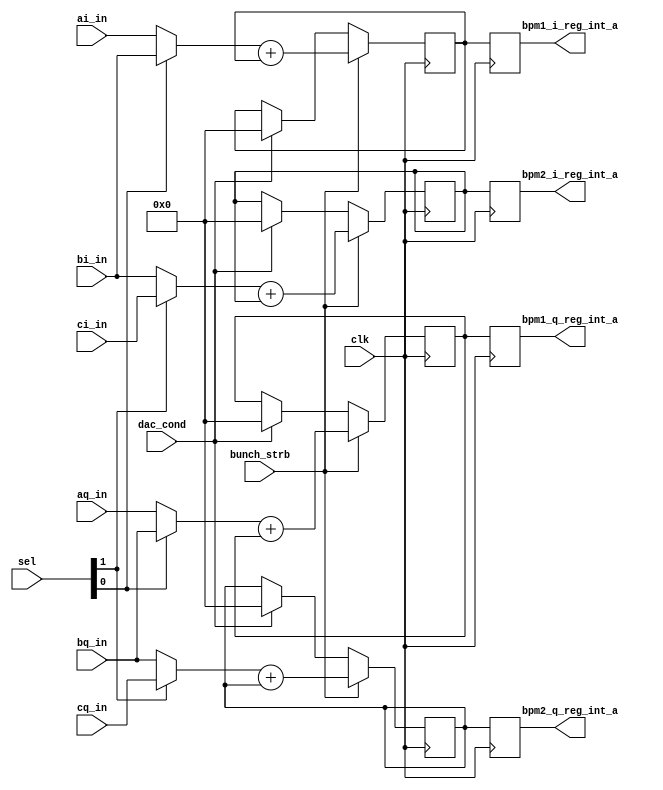
`timescale 1ns / 1ps
//////////////////////////////////////////////////////////////////////////////////
// Company: 
// Engineer: 
// 
// Design Name: 
// Module Name:    MuxModule 
// Project Name: 
// Target Devices: 
// Tool versions: 
// Description: 
//
// Dependencies: 
//
// Revision: 
// Revision 0.01 - File Created
// Additional Comments: 
//
//////////////////////////////////////////////////////////////////////////////////
module MuxModule(
	input bunch_strb,
	input [1:0] sel,
   input signed [12:0] ai_in,
   input signed [12:0] aq_in,
   input signed [12:0] bi_in,
   input signed [12:0] bq_in,
   input signed [12:0] ci_in,
   input signed [12:0] cq_in,
	output reg signed [16:0] bpm1_q_reg_int_a, 
	output reg signed [16:0] bpm1_i_reg_int_a, 
	output reg signed [16:0] bpm2_q_reg_int_a, 
	output reg signed [16:0] bpm2_i_reg_int_a,
	input clk,
	input dac_cond
  
    );

//(* equivalent_register_removal = "no"*) reg [6:0] j;
wire signed [12:0] bpm1_i, bpm1_q, bpm2_i, bpm2_q; 
(* equivalent_register_removal = "no"*)reg signed [16:0] bpm1_i_reg_int,bpm1_q_reg_int,bpm2_i_reg_int,bpm2_q_reg_int;
initial begin 
bpm1_i_reg_int=0;
bpm1_q_reg_int=0;
bpm2_i_reg_int=0;
bpm2_q_reg_int=0;
end

// ***** Multiplexer unit *****               
assign bpm2_i = (sel[1])? ci_in: bi_in;
assign bpm2_q = (sel[1])? cq_in: bq_in;
assign bpm1_q = (sel[0])? bq_in: aq_in;
assign bpm1_i = (sel[0])? bi_in: ai_in;

// ***** Integrate over samples ***** 



always@(posedge clk) begin
bpm1_i_reg_int_a<=bpm1_i_reg_int;
bpm1_q_reg_int_a<=bpm1_q_reg_int;
bpm2_i_reg_int_a<=bpm2_i_reg_int;
bpm2_q_reg_int_a<=bpm2_q_reg_int;
if (bunch_strb) begin
bpm1_i_reg_int<=bpm1_i+bpm1_i_reg_int;
bpm1_q_reg_int<=bpm1_q+bpm1_q_reg_int;
bpm2_i_reg_int<=bpm2_i+bpm2_i_reg_int;
bpm2_q_reg_int<=bpm2_q+bpm2_q_reg_int;
//q_signal_int<=q_signal+q_signal_int;
end
else if (dac_cond) begin
bpm1_i_reg_int<=0;
bpm1_q_reg_int<=0;
bpm2_i_reg_int<=0;
bpm2_q_reg_int<=0;
//q_signal_int<=0;
end
end




endmodule